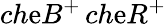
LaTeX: ch\mathrm{e}B^{+}\, ch\mathrm{e}R^{+}